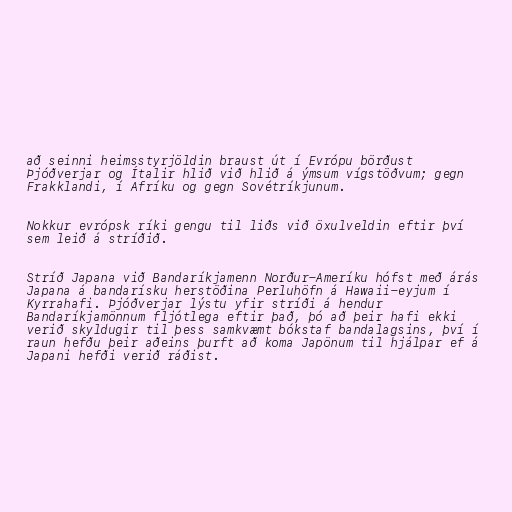
að seinni heimsstyrjöldin braust út í Evrópu börðust
Þjóðverjar og Ítalir hlið við hlið á ýmsum vígstöðvum; gegn
Frakklandi, í Afríku og gegn Sovétríkjunum.

Nokkur evrópsk ríki gengu til liðs við öxulveldin eftir því
sem leið á stríðið.

Stríð Japana við Bandaríkjamenn Norður-Ameríku hófst með árás
Japana á bandarísku herstöðina Perluhöfn á Hawaii-eyjum í
Kyrrahafi. Þjóðverjar lýstu yfir stríði á hendur
Bandaríkjamönnum fljótlega eftir það, þó að þeir hafi ekki
verið skyldugir til þess samkvæmt bókstaf bandalagsins, því í
raun hefðu þeir aðeins þurft að koma Japönum til hjálpar ef á
Japani hefði verið ráðist.